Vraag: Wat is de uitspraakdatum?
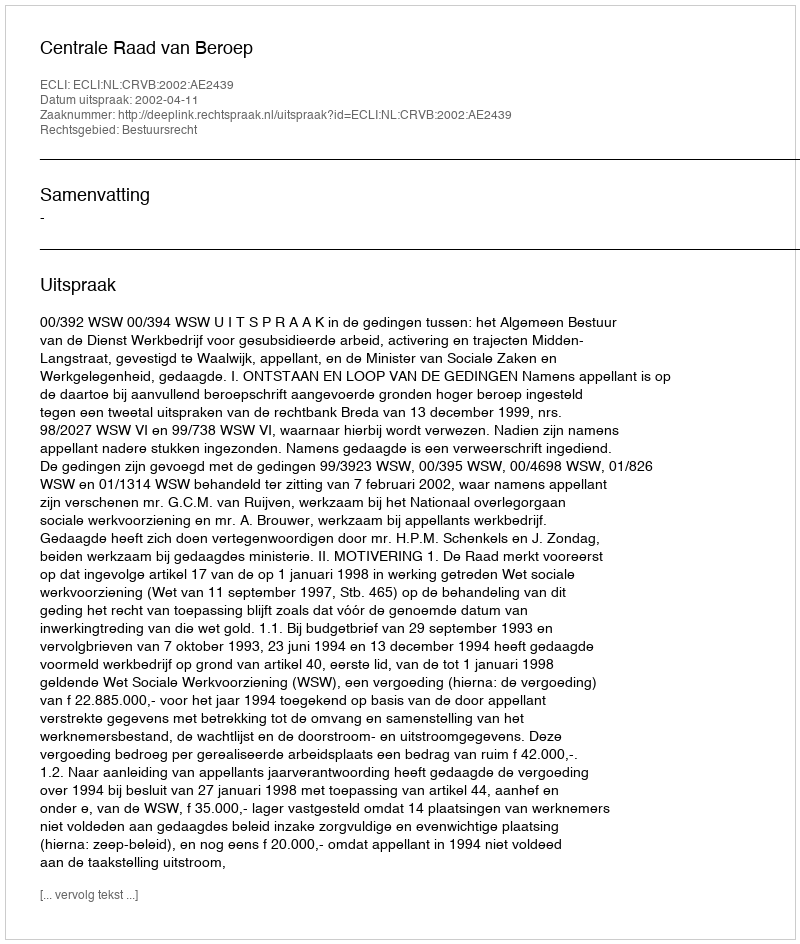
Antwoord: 2002-04-11